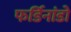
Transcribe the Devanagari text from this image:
फर्डिनांडो